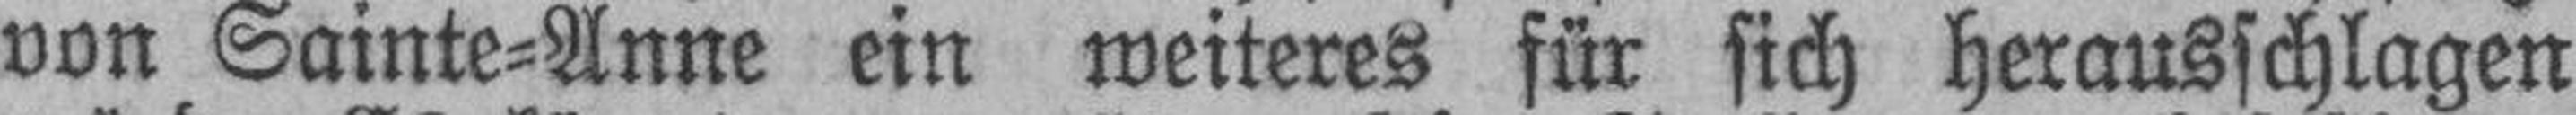
von Sainte=Anne ein weiteres für sich herausschlagen